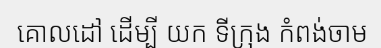
គោលដៅ ដើម្បី យក ទីក្រុង កំពង់ចាម